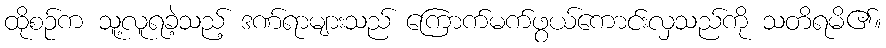
ထိုစဉ်က သူ့လူရခဲ့သည့် ဒဏ်ရာများသည် ကြောက်မက်ဖွယ်ကောင်းလှသည်ကို သတိရမိ၏။